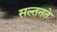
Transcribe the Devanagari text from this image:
सल्तनते